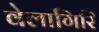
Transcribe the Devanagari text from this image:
वेलागिरि